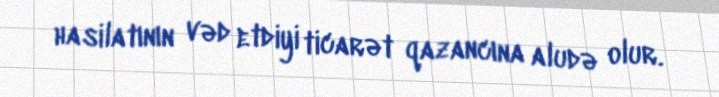
hasilatının vəd etdiyi ticarət qazancına aludə olur.